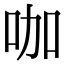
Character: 咖